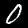
Label: 0